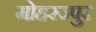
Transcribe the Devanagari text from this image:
मोहरज्पुर